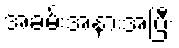
အခမ်းအနားအပြီး